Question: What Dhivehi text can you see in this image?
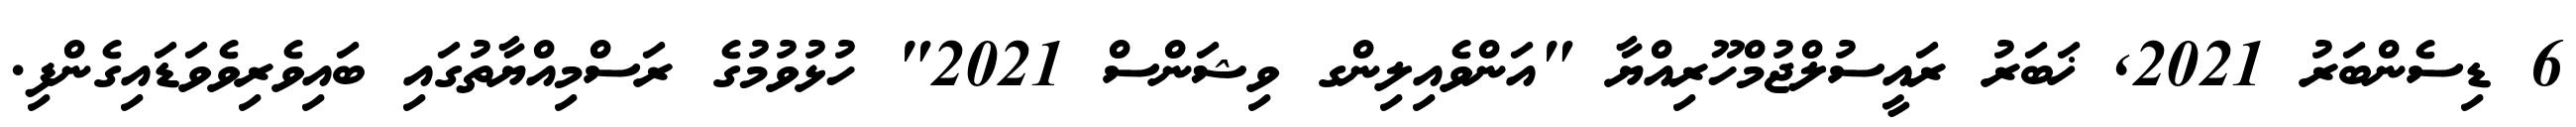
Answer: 6 ޑިސެންބަރު 2021, ޚަބަރު ރައީސުލްޖުމްހޫރިއްޔާ "އަންވެއިލިންގ ވިޝަންސް 2021" ހުޅުވުމުގެ ރަސްމިއްޔާތުގައި ބައިވެރިވެވަޑައިގެންފި.